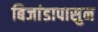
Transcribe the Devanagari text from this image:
बिजांडापासुन